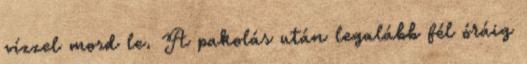
vízzel mosd le. A pakolás után legalább fél óráig